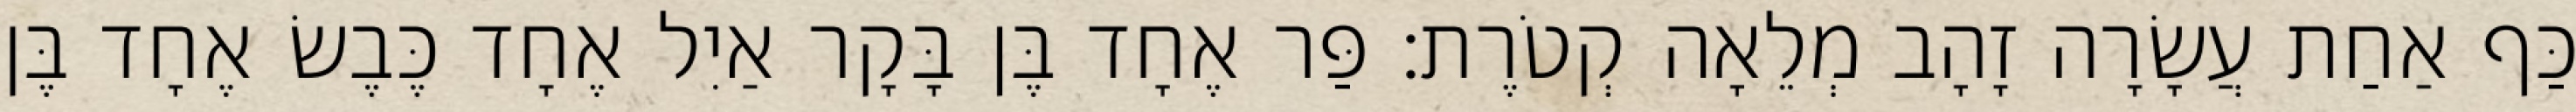
כַּף אַחַת עֲשָׂרָה זָהָב מְלֵאָה קְטֹרֶת׃ פַּר אֶחָד בֶּן בָּקָר אַיִל אֶחָד כֶּבֶשׂ אֶחָד בֶּן